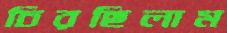
চিরছিলাম